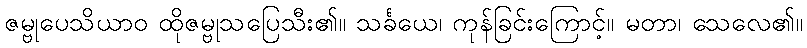
ဇမ္ဗုပေသိယာဝ ထိုဇမ္ဗုသပြေသီး၏။ သင်္ခယေ၊ ကုန်ခြင်းကြောင့်။ မတာ၊ သေလေ၏။